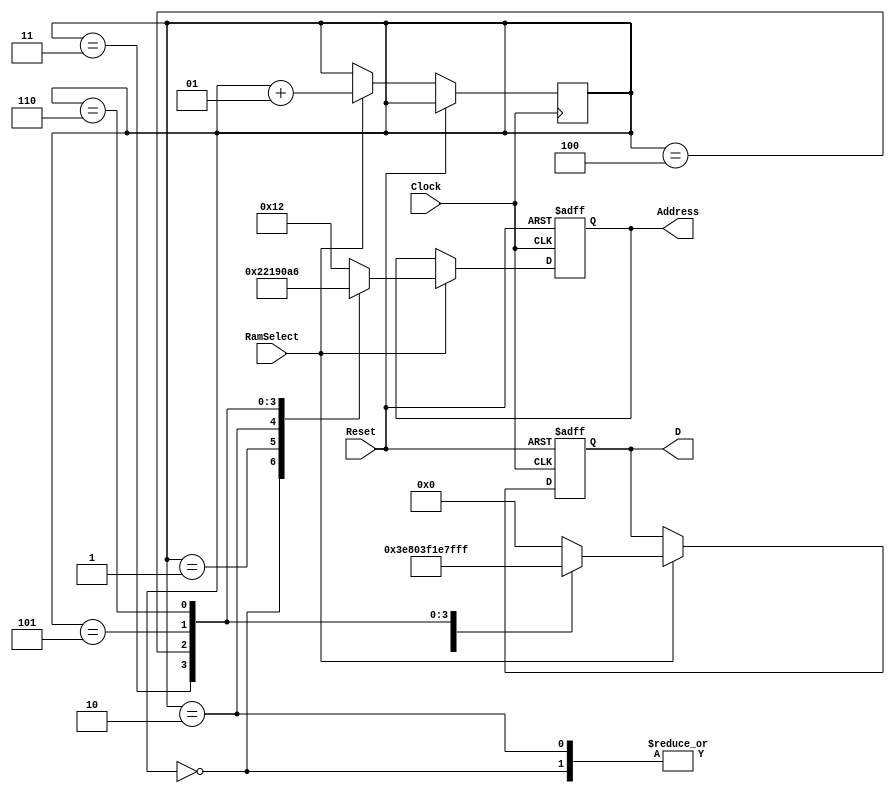
module InsLoadForRam(

	input Clock, Reset, RamSelect,
	output reg [4:0] Address,
	output reg [7:0] D
	);
	
	integer i = 0;
	
	always@(posedge Clock, posedge Reset)
		begin
			if(Reset)
				begin
					Address <= 0;
					D <= 0;
				end
			else
				begin
					if(RamSelect) begin
						case(i)
						0: begin D <= 8'b10000000; Address <= 0; end
						1: begin D <= 8'b00111110; Address <= 1; end
						2: begin D <= 8'b10000000; Address <= 2; end
						3: begin D <= 8'b00111111; Address <= 3; end
						4: begin D <= 8'b00011110; Address <= 4; end
						5: begin D <= 8'b01111111; Address <= 5; end
						6: begin D <= 8'b11111111; Address <= 6; end
				/*		6: begin D <= 8'b10110000; Address <= 6; end
						7: begin D <= 8'b11001100; Address <= 7; end
						8: begin D <= 8'b00011111; Address <= 8; end
						9: begin D <= 8'b01111110; Address <= 9; end
						10: begin D <= 8'b00111111; Address <= 10; end
						11: begin D <= 8'b11000100; Address <= 11; end
						12: begin D <= 8'b00011110; Address <= 12; end
						13: begin D <= 8'b01111111; Address <= 13; end
						14: begin D <= 8'b00111110; Address <= 14; end
						15: begin D <= 8'b11000100; Address <= 15; end
						16: begin D <= 8'b00011110; Address <= 16; end
						17: begin D <= 8'b11111111; Address <= 17; end*/
						default:begin D <= 8'b00000000; Address <= 18; end
						endcase
						i <= i+1;
					end
					else	begin
					Address <= Address;
					D <= D;
					end
					
				end
		end




endmodule